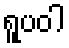
ရူပဝါ